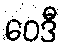
ဝေဒီ